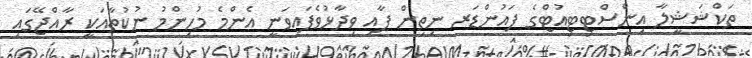
ތަކްޝަޝީލާ އިންސްޓިޓިއުޓްގެ ފައުންޑަރ ނިތިން ޕާއި ވިދާޅުވެފައިވަނީ އެންމެ މުހިންމު ނުކުތާއަކީ ރާއްޖޭގައި